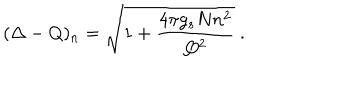
( \Delta - Q ) _ { n } = \sqrt { 1 + \frac { 4 \pi g _ { s } N n ^ { 2 } } { Q ^ { 2 } } } ~ .